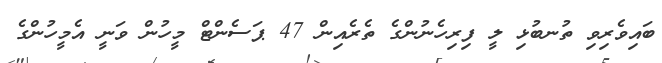
ބައިވެރިވި ތުނބުޅި ލީ ފިރިހެނުންގެ ތެރެއިން 47 ޕަސެންޓް މީހުން ވަނީ އެމީހުންގެ